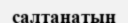
салтанатың